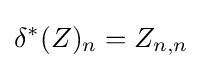
\delta ^{*}(Z)_{n}=Z_{n,n}